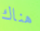
هناك